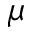
\mu